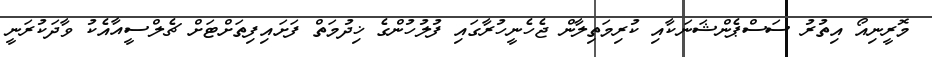
މޮރީނިއޯ އިތުރު ސަސްޕެންޝަނަކާއި ކުރިމަތިލާން ޖެހެނީހުރާގައި ފުލުހުންގެ ޚިދުމަތް ފަށައިފިތަށްޓަށް ޗެލްސީއާއެކު ވާދަކުރަނީ